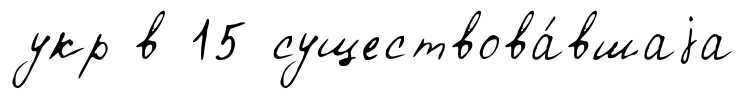
укр в 15 существова́вшаjа